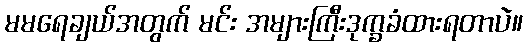
မမရေချယ်အတွက် မင်း အများကြီးဒုက္ခခံထားရတာပဲ။